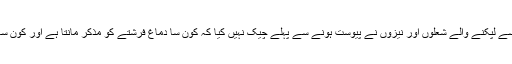
فصیل کے اس پار سے لپکنے والے شعلوں اور نیزوں نے پیوست ہونے سے پہلے چیک نہیں کیا کہ کون سا دماغ فرشتے کو مذکر مانتا ہے اور کون سا مونث سمجھتا ہے۔